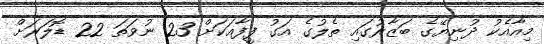
މިއާއެކު ދުނިޔޭގެ ބަޒާރުގައި ތެލުގެ އަގު ފީފާއަކަށް 23 ނުވަތަ 22 ޑޮލަރަށް